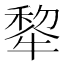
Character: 𪺳